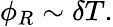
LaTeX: \phi_{R}\sim\delta T.